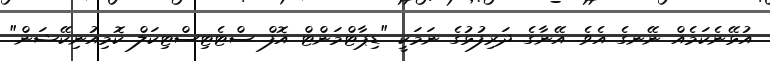
އުޅޭނެކަމެއް ނޭނގެ އެވެ. އޭނާގެ ދަރިފުޅުގެ ނަމަކީ "ޑިޕާޓްމަންޓް އޮފް ސްޓެޓިސްޓިކަލް ކޮމިއުނިކޭޝަން"